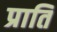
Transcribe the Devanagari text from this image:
प्राति